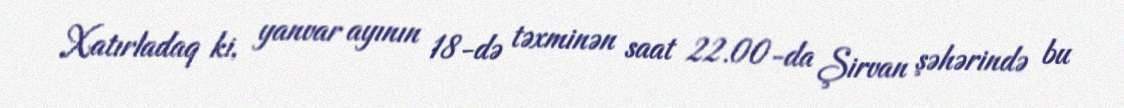
Xatırladaq ki, yanvar ayının 18-də təxminən saat 22.00-da Şirvan şəhərində bu